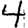
Digit: 4